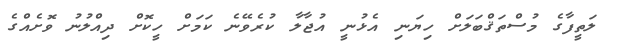
ލަތީފާގެ މުސްތަޤްބަލަށް ހިޔަނި އެޅުނީ އުޖާލާ ކުރެވޭނެ ކަމަށް ހީކޮށް ދިއްލުނު ވޮށެއްގެ